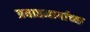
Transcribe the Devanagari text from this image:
प्रवाहमार्गाच्या